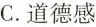
C.道德感